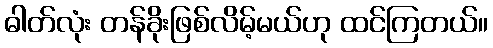
ဓါတ်လုံး တန်ခိုးဖြစ်လိမ့်မယ်ဟု ထင်ကြတယ်။